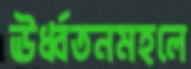
ঊর্ধ্বতনমহলে